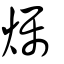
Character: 爥